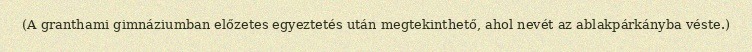
(A granthami gimnáziumban előzetes egyeztetés után megtekinthető, ahol nevét az ablakpárkányba véste.)